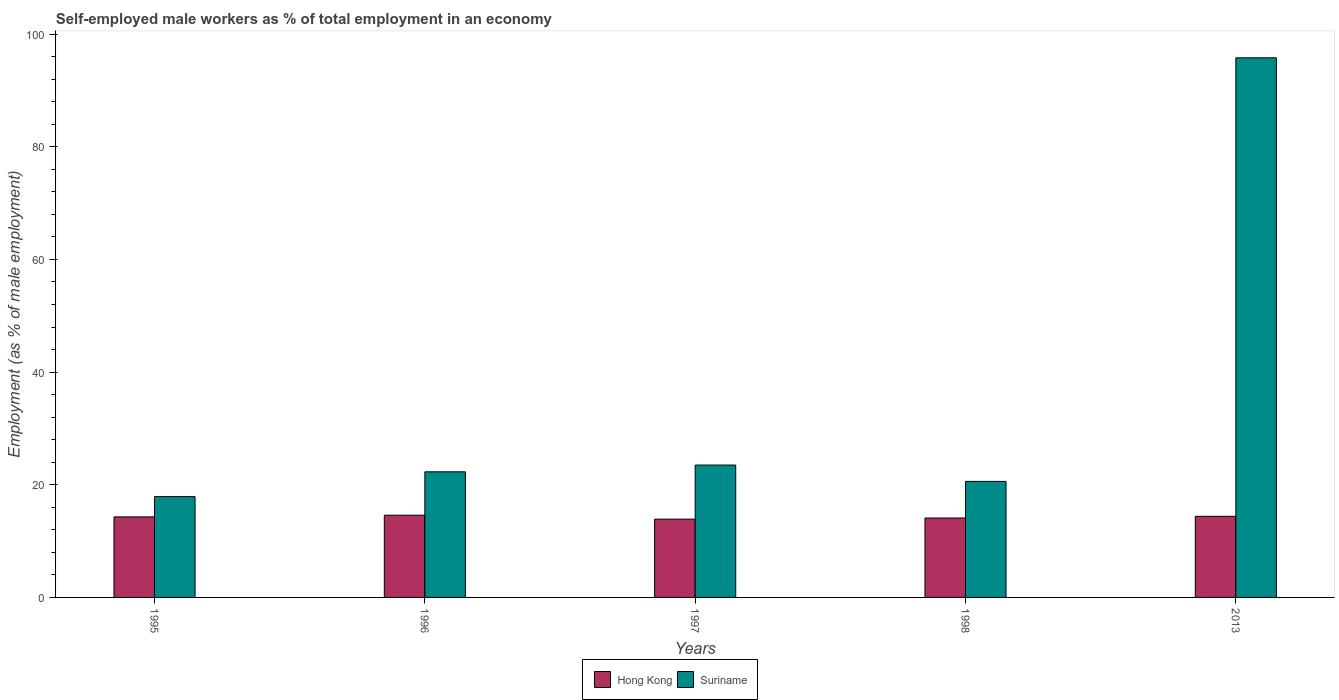
| Years | Hong Kong | Suriname |
 | --- | --- | --- |
 | 1995 | 14.3 | 17.9 |
 | 1996 | 14.6 | 22.3 |
 | 1997 | 13.9 | 23.5 |
 | 1998 | 14.1 | 20.6 |
 | 2013 | 14.4 | 95.8 |